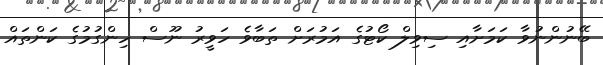
ބޭނުންނުވާ ކަމަށާއި ސިވިލް ކޯޓުގެ އަމުރަށް ތަބާވެ ހަވީރު ނޫސް ހިންގުމުގެ ކަންތައް